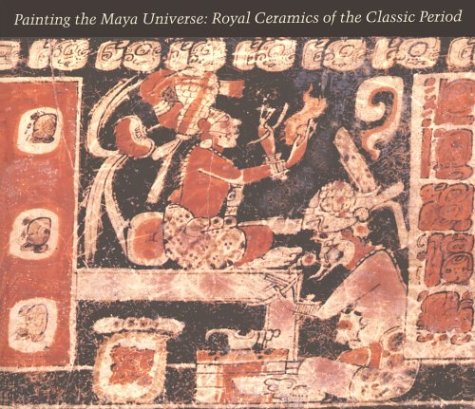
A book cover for Painting the Maya Universe: Royal Ceramics of the Classic Period (Duke University Museum of Art); Dorie Reents-Budet; Crafts, Hobbies & Home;